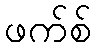
ဖက်စ်